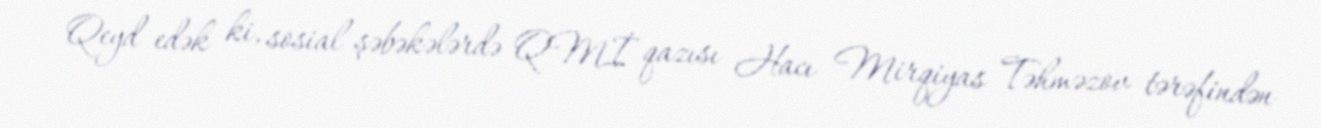
Qeyd edək ki, sosial şəbəkələrdə QMİ qazısı Hacı Mirqiyas Təhməzov tərəfindən